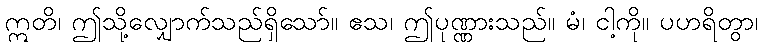
ဣတိ၊ ဤသို့လျှောက်သည်ရှိသော်။ ဧသ၊ ဤပုဏ္ဏားသည်။ မံ၊ ငါ့ကို။ ပဟရိတွာ၊